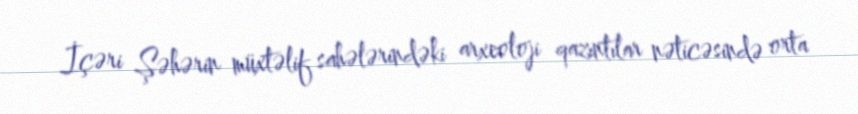
İçəri Şəhərin müxtəlif sahələrindəki arxeoloji qazıntılar nəticəsində orta